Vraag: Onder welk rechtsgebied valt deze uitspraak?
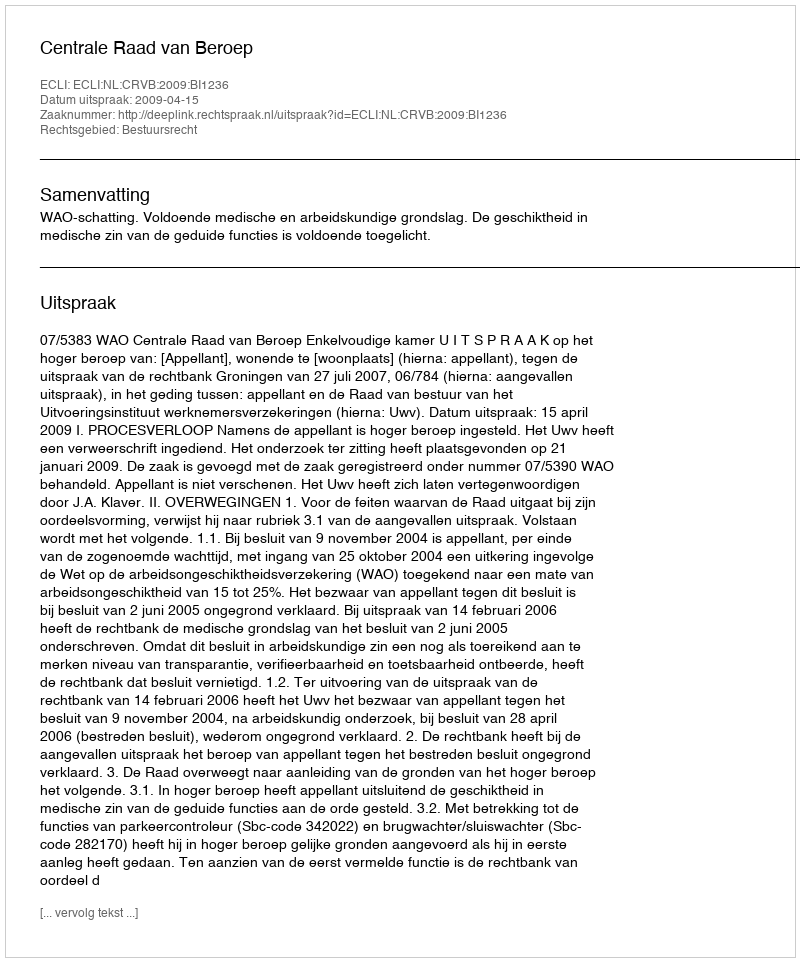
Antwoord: Bestuursrecht